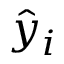
{ \hat { y } } _ { i }